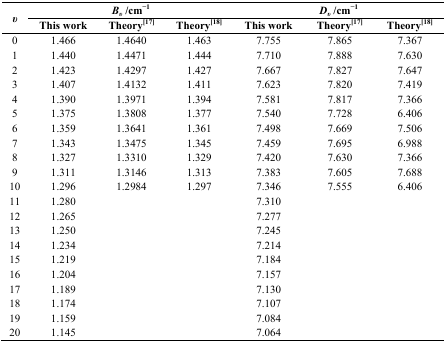
| <ROWSPAN=3> υ | <COLSPAN=3> Bυ/cm−1 | <COLSPAN=3> Dυ/cm−1 |
 | This work | Theory[17] | Theory[18] | This work | Theory[17] | Theory[18] |
 | --- | --- | --- | --- | --- | --- | --- |
 | 0 | 1.466 | 1.4640 | 1.463 | 7.755 | 7.865 | 7.367 |
 | 1 | 1.440 | 1.4471 | 1.444 | 7.710 | 7.888 | 7.630 |
 | 2 | 1.423 | 1.4297 | 1.427 | 7.667 | 7.827 | 7.647 |
 | 3 | 1.407 | 1.4132 | 1.411 | 7.623 | 7.820 | 7.419 |
 | 4 | 1.390 | 1.3971 | 1.394 | 7.581 | 7.817 | 7.366 |
 | 5 | 1.375 | 1.3808 | 1.377 | 7.540 | 7.728 | 6.406 |
 | 6 | 1.359 | 1.3641 | 1.361 | 7.498 | 7.669 | 7.506 |
 | 7 | 1.343 | 1.3475 | 1.345 | 7.459 | 7.695 | 6.988 |
 | 8 | 1.327 | 1.3310 | 1.329 | 7.420 | 7.630 | 7.366 |
 | 9 | 1.311 | 1.3146 | 1.313 | 7.383 | 7.605 | 7.688 |
 | 10 | 1.296 | 1.2984 | 1.297 | 7.346 | 7.555 | 6.406 |
 | 11 | 1.280 |  |  | 7.310 |  |  |
 | 12 | 1.265 |  |  | 7.277 |  |  |
 | 13 | 1.250 |  |  | 7.245 |  |  |
 | 14 | 1.234 |  |  | 7.214 |  |  |
 | 15 | 1.219 |  |  | 7.184 |  |  |
 | 16 | 1.204 |  |  | 7.157 |  |  |
 | 17 | 1.189 |  |  | 7.130 |  |  |
 | 18 | 1.174 |  |  | 7.107 |  |  |
 | 19 | 1.159 |  |  | 7.084 |  |  |
 | 20 | 1.145 |  |  | 7.064 |  |  |